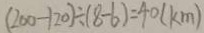
( 2 0 0 - 1 2 0 ) \div ( 8 - 6 ) = 4 0 ( k m )